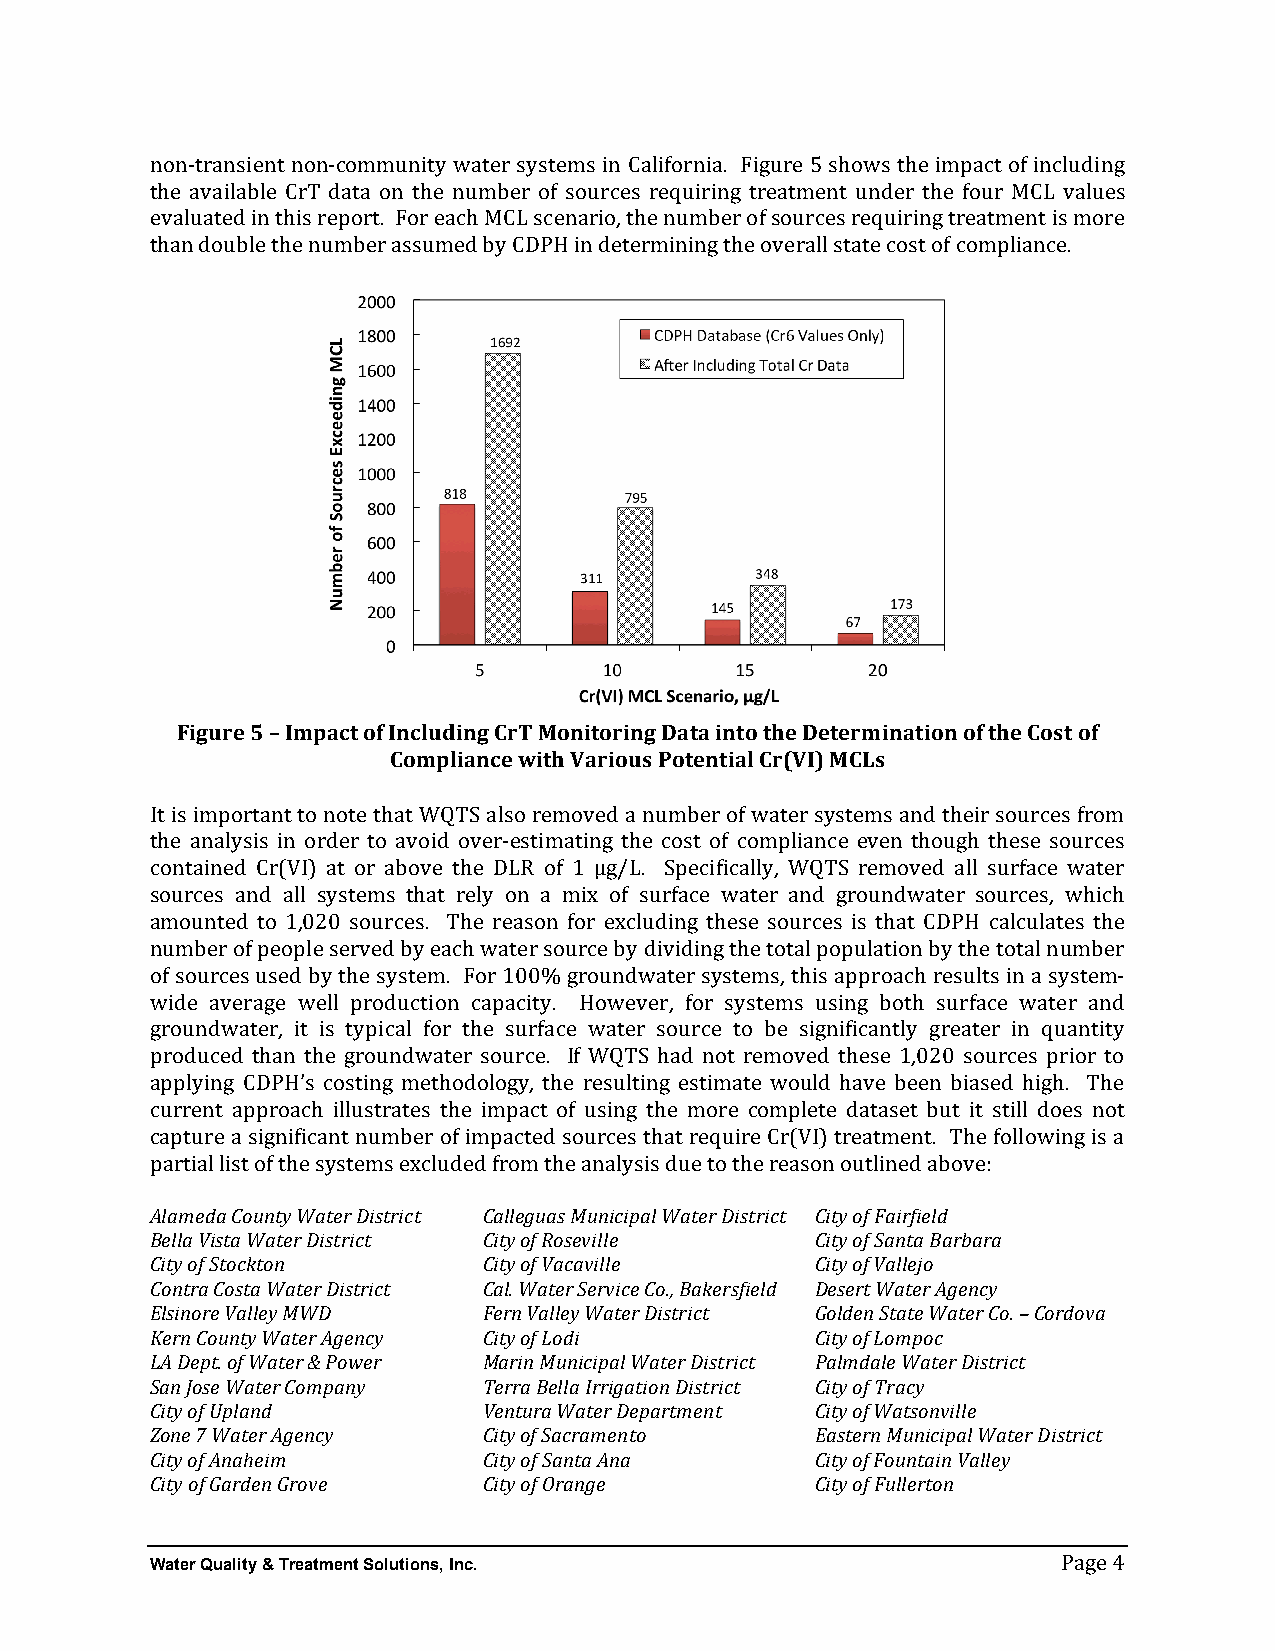
non-­‐transient non-­‐community water systems in California. Figure 5 shows the impact of including
 the available CrT data on the number of sources requiring treatment under the four MCL values
 evaluated in this report. For each MCL scenario, the number of sources requiring treatment is more
 than double the number assumed by CDPH in determining the overall state cost of compliance.
 Figure 5 – Impact of Including CrT Monitoring Data into the Determination of the Cost of
 Compliance with Various Potential Cr(VI) MCLs
 It is important to note that WQTS also removed a number of water systems and their sources from
 the analysis in order to avoid over-­‐estimating the cost of compliance even though these sources
 contained Cr(VI) at or above the DLR of 1 µg/L. Specifically, WQTS removed all surface water
 sources and all systems that rely on a mix of surface water and groundwater sources, which
 amounted to 1,020 sources. The reason for excluding these sources is that CDPH calculates the
 number of people served by each water source by dividing the total population by the total number
 of sources used by the system. For 100% groundwater systems, this approach results in a system-­‐
 wide average well production capacity. However, for systems using both surface water and
 groundwater, it is typical for the surface water source to be significantly greater in quantity
 produced than the groundwater source. If WQTS had not removed these 1,020 sources prior to
 applying CDPH’s costing methodology, the resulting estimate would have been biased high. The
 current approach illustrates the impact of using the more complete dataset but it still does not
 capture a significant number of impacted sources that require Cr(VI) treatment. The following is a
 pAlaarmtieadl ali Csto uonf ttyh We asytesrt eDmistsr iecxt cludedC farlolemgu tahse M aunnaiclyipsaisl Wduaete tro D tihster ircet asoCnit yo uoft lFianierdfi ealdb ove:
 Bella Vista Water District City of Roseville City of Santa Barbara
 City of Stockton      City of Vacaville     City of Vallejo
 Contra Costa Water District Cal. Water Service Co., Bakersfield Desert Water Agency
 Elsinore Valley MWD   Fern Valley Water District Golden State Water Co. – Cordova
 Kern County Water Agency City of Lodi       City of Lompoc
 LA Dept. of Water & Power Marin Municipal Water District Palmdale Water District
 San Jose Water Company Terra Bella Irrigation District City of Tracy
 City of Upland        Ventura Water Department City of Watsonville
 Zone 7 Water Agency   City of Sacramento    Eastern Municipal Water District
 City of Anaheim       City of Santa Ana     City of Fountain Valley
 City of Garden Grove  City of Orange        City of Fullerton
 Water Quality & Treatment Solutions, Inc.
 Page 4